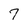
Character: 7